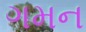
ગમન